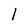
Character: 1